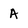
Character: A